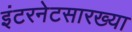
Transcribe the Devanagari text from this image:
इंटरनेटसारख्या